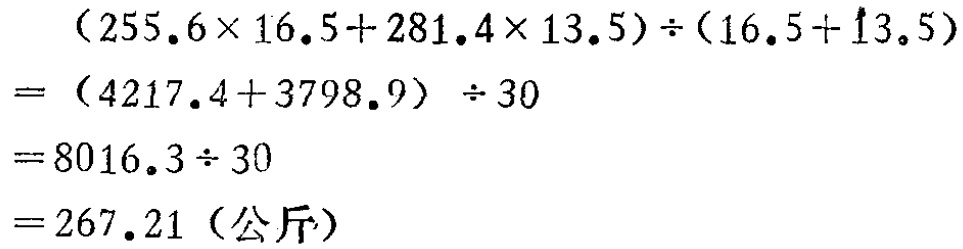
\[
\begin{align*}
&(255.6\times16.5 + 281.4\times13.5)\div(16.5 + 13.5)\\
=&(4217.4 + 3798.9)\div30\\
=&8016.3\div30\\
=&267.21 (\text{公斤})
\end{align*}
\]